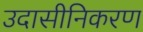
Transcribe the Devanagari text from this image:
उदासीनिकरण